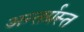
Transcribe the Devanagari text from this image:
अन्‍तर्ग्रस्‍त